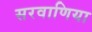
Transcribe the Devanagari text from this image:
सरवाणिया